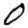
Digit: 0